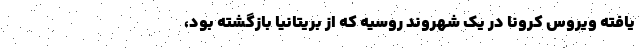
یافته ویروس کرونا در یک شهروند روسیه که از بریتانیا بازگشته بود،